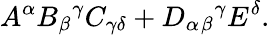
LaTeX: A^{\alpha}B_{\beta}{}^{\gamma}C_{\gamma\delta}+D_{\alpha}{}_{\beta}{}^{\gamma}E^{\delta}.